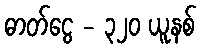
ဓာတ်ငွေ - ၃၂၀ ယူနစ်